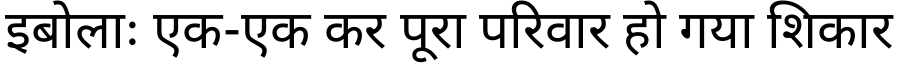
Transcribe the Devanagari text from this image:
इबोलाः एक-एक कर पूरा परिवार हो गया शिकार